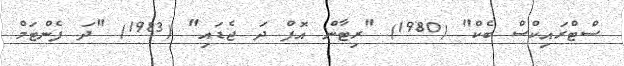
ސްޓްރައިކްސް ބެކް" (1980) "ރިޓާން އޮފް ދަ ޖެޑައި" (1983) "ދަ ފެންޓަމް